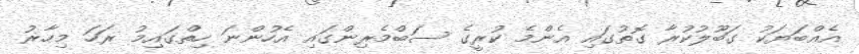
އެއްބަޔަކު ގަބޫލުކުރާ ގޮތުގައި އެންމެ ކުރީގެ ސަބްމެރިންގައި އެހުންނަ ހިތްގައިމު ރަހަ މިހާޜު